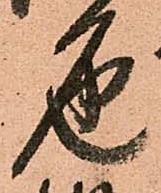
色